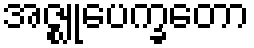
အဇ္ဈုပေက္ခတော